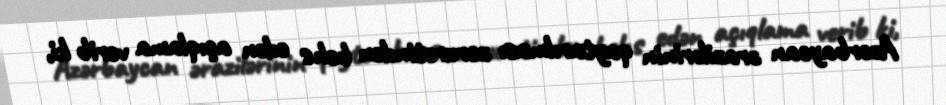
Azərbaycan ərazilərinin qaytarılması zərurətindən bəhs edən açıqlama verib ki,